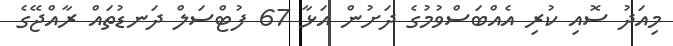
މިއަދު ސޮއި ކުރި އެއްބަސްވުމުގެ ދަށުން އަޅާ 67 ފުޓްސަލް ދަނޑުތައް ރާއްޖޭގެ